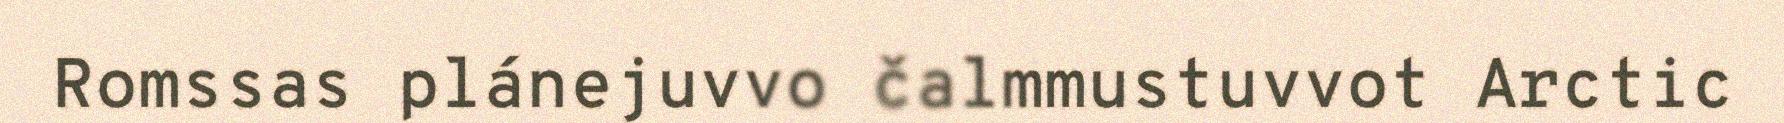
Romssas plánejuvvo čalmmustuvvot Arctic